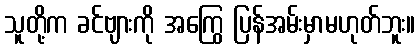
သူတို့က ခင်ဗျားကို အကြွေ ပြန်အမ်းမှာမဟုတ်ဘူး။